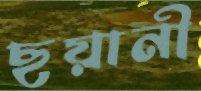
ছয়ানী